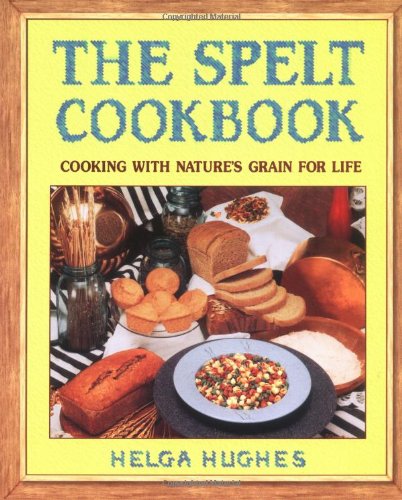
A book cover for The Spelt Cookbook: Cooking with Nature's Grain for Life; Helga Hughes; Cookbooks, Food & Wine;